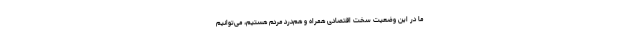
ما در این وضعیت سخت اقتصادی همراه و هم‌درد مردم هستیم، می‌توانیم